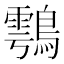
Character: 𪄮